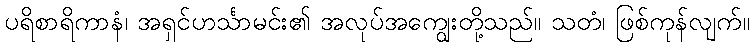
ပရိစာရိကာနံ၊ အရှင်ဟင်္သာမင်း၏ အလုပ်အကျွေးတို့သည်။ သတံ၊ ဖြစ်ကုန်လျက်။